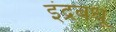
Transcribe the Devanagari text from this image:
इंद्रबधू